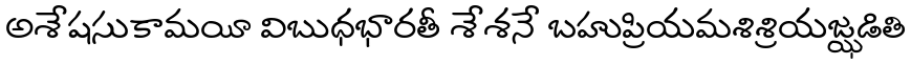
అశేషసుకామయీ విబుధభారతీ శేశనే బహుప్రియమశిశ్రియజ్ఝడితి